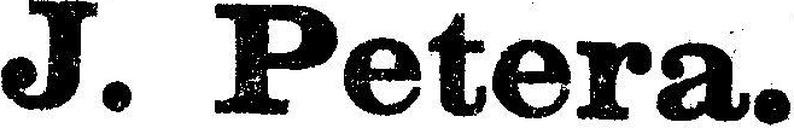
J. Petera.